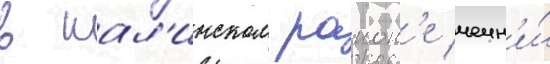
в шал'инском раион'е чечн'и́